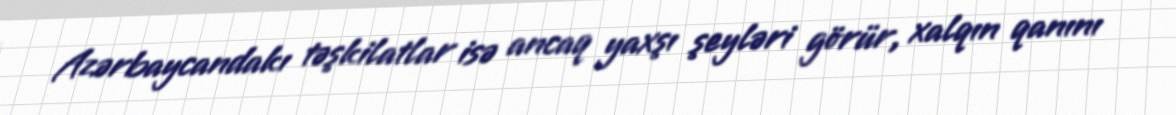
Azərbaycandakı təşkilatlar isə ancaq yaxşı şeyləri görür, xalqın qanını